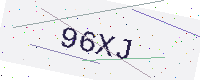
Text: 96XJ